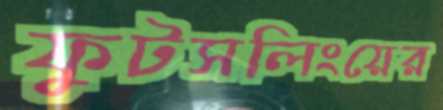
ফুটসলিংয়ের